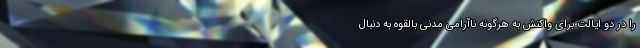
را در دو ایالت برای واکنش به هرگونه ناآرامی مدنی بالقوه به دنبال